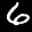
Label: 6